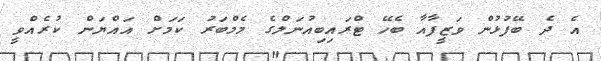
އެ ދެ ބޭފުޅުން ވަޒީފާއާ ބެހޭ ޓްރައިބިއުނަލްގެ މެމްބަރު ކަމަށް އައްޔަން ކުރެއްވީ